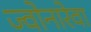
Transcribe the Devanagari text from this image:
ज्वोनारेवा